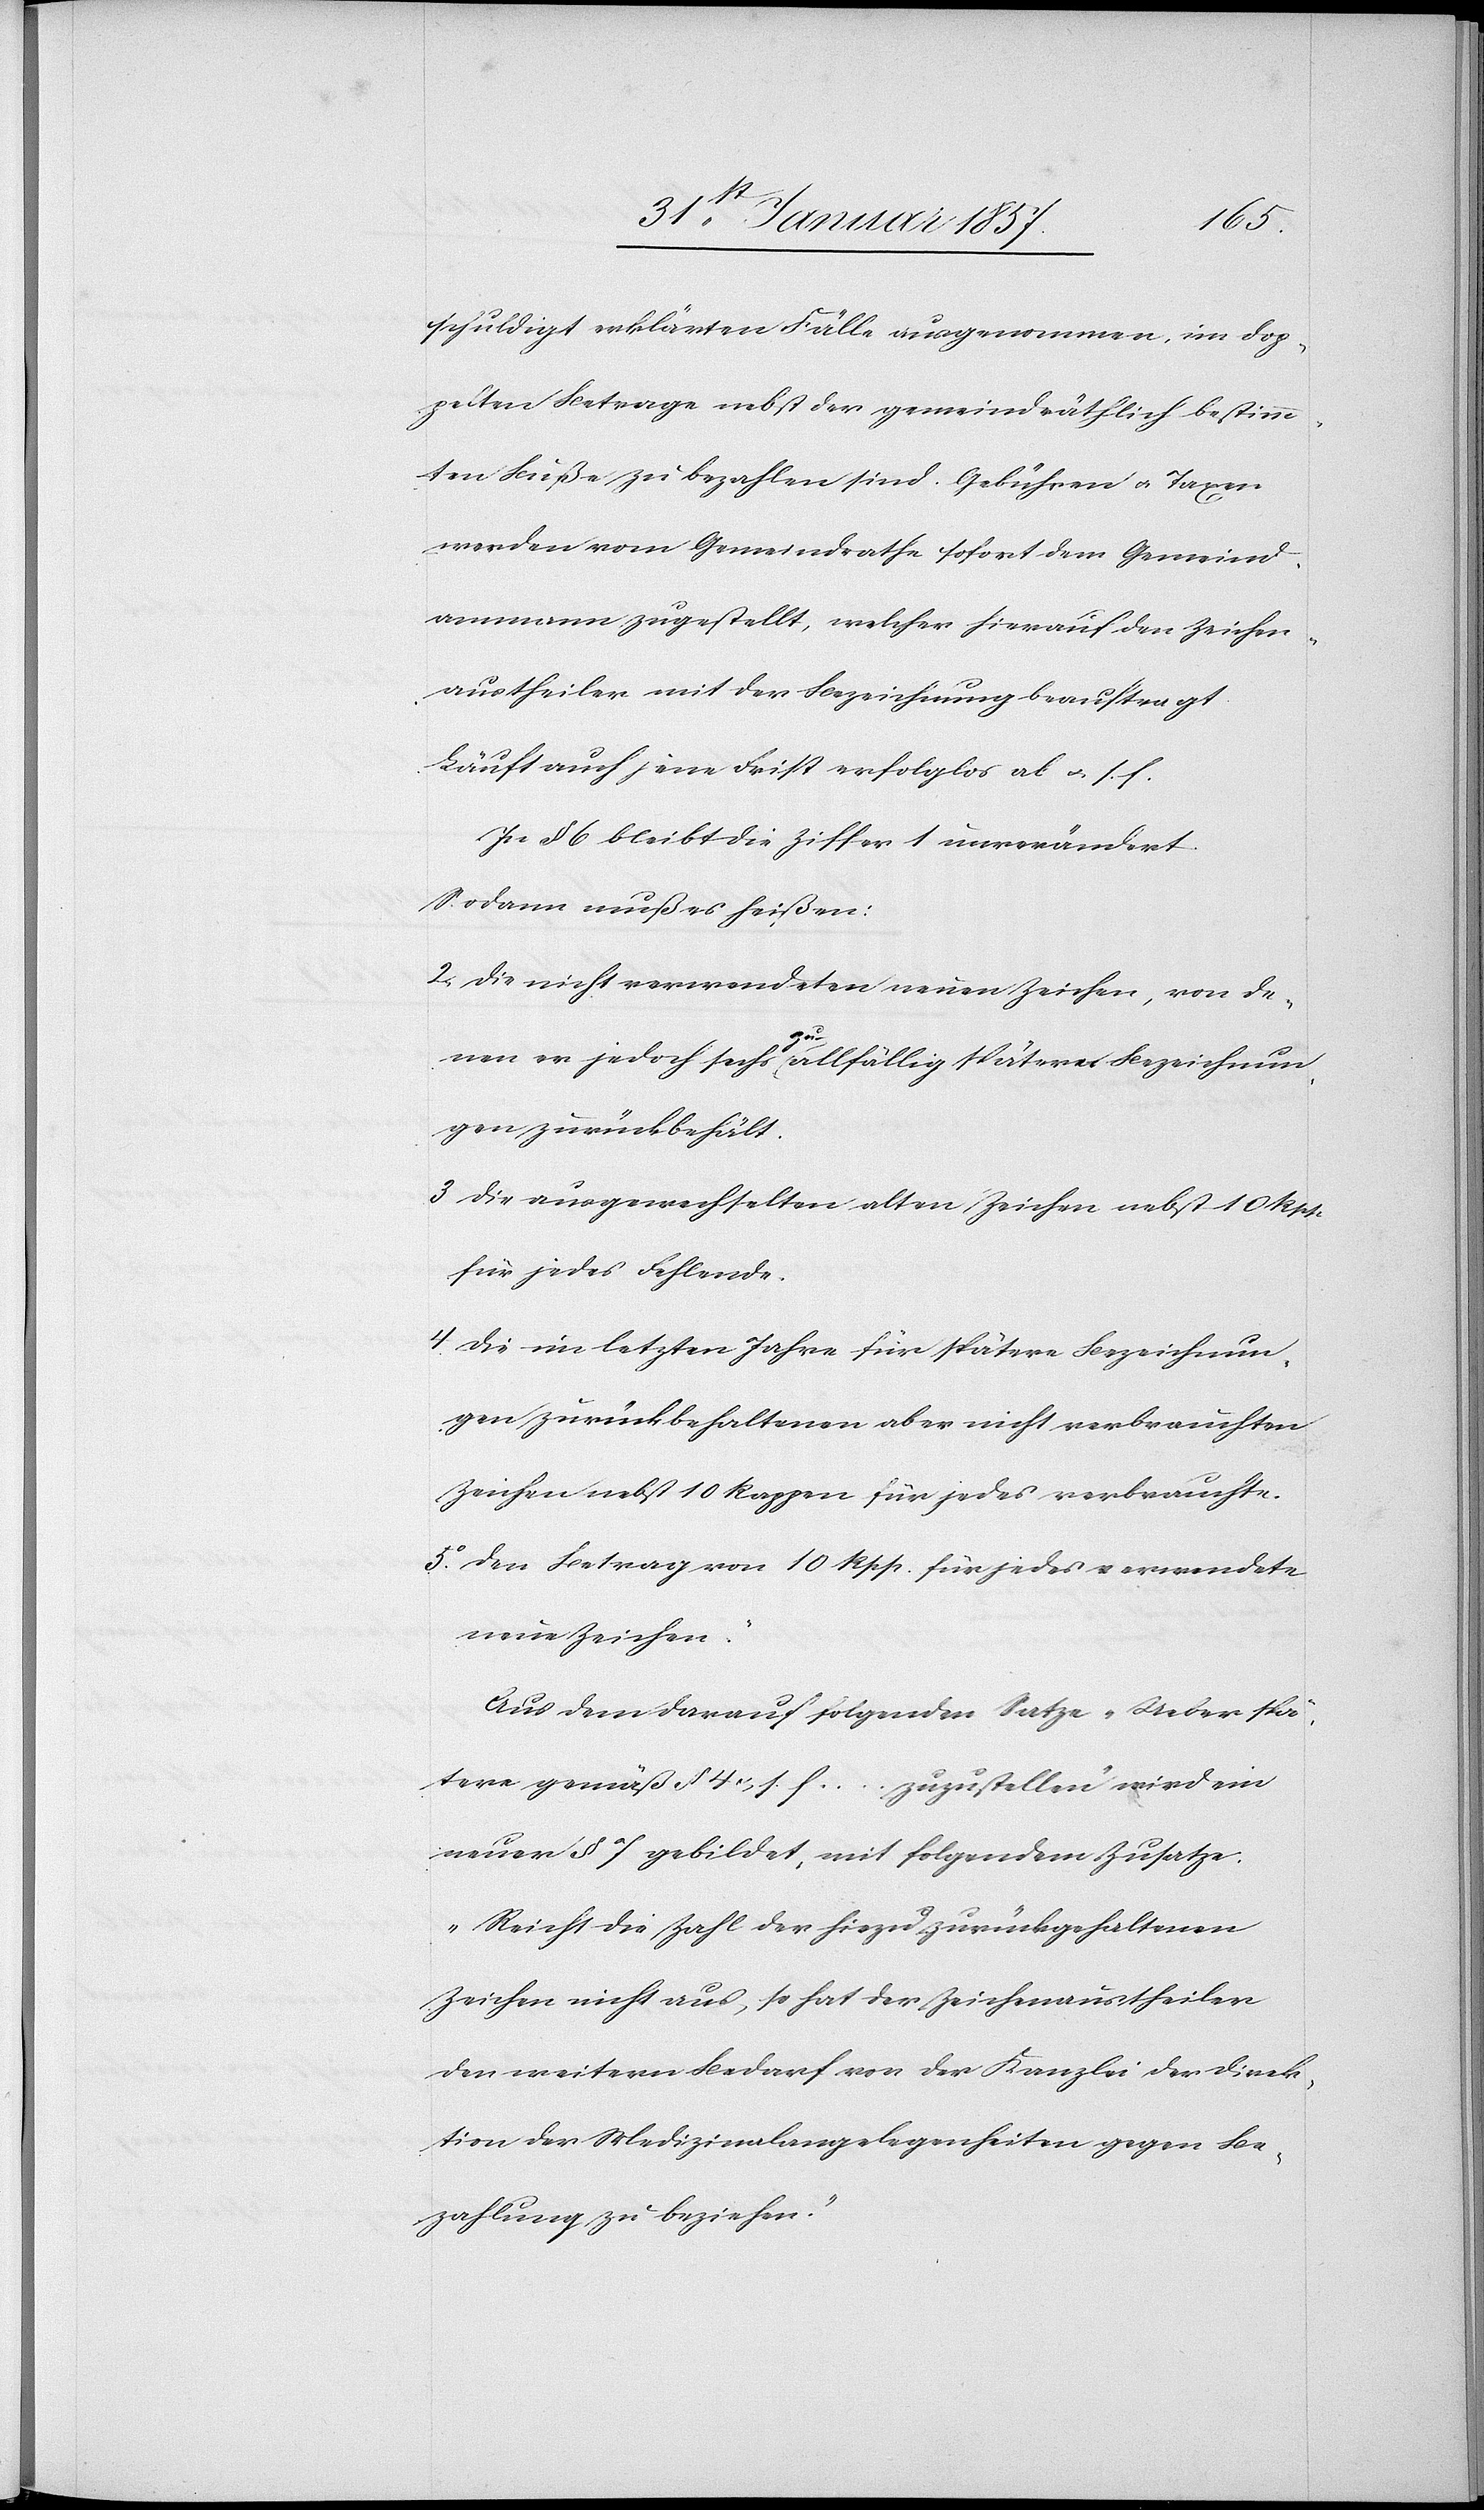
schuldigt erklärten Fälle ausgenommen, im dop¬
pelten Betrage nebst der gemeinderäthlich bestimm¬
ten Buße zu bezahlen sind. Gebühren u. Taxen
werden vom Gemeinderath sofort dem Gemeind¬
ammann zugestellt, welcher hierauf den Zeichen¬
austheiler mit der Bezeichnung beauftragt.
Läuft auch jene Frist erfolglos ab[“] & s. f.
In § 6 bleibt die Ziffer 1 unverändert.
Sodann muß es heißen:
[„]2. Die nicht verwendeten neuen Zeichen, von de¬
nen es jedoch sechs a-zu-a allfällig späterer Bezeichnun¬
gen zurückbehält.
3 Die ausgewechselten alten Zeichen nebst 10 Rpp
für jedes Fehlende.
4. Die im letzten Jahr für spätere Bezeichnun¬
gen zurückbehaltenen aber nicht verbrauchten
Zeichen nebst 10 Rappen für jedes verbrauchte.
5. Der Betrag von 10 Rpp. für jedes verwendete
neue Zeichen.“
Aus dem darauf folgenden Satze „Ueber spä¬
tere gemäß § 4 & s. f. … zuzustellen“ wird ein
neuer § 7 gebildet, mit folgendem Zusatze:
„Reicht die Zahl der hiezu zurückgehaltenen
Zeichen nicht aus, so hat der Zeichenaustheiler
den weitern Bedarf von der Kanzlei der Direk¬
tion der Medizinalangelegenheiten gegen Be¬
zahlung zu beziehen.“